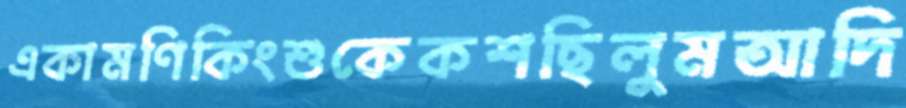
একামণিকিংশুকেকশছিলুমআদি